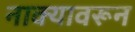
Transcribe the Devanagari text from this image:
नाक्यावरून